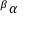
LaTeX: { } ^ { \beta } \alpha